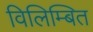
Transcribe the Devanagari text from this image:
विलिम्बित